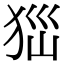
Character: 𤝾